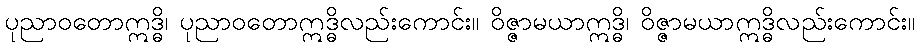
ပုညာဝတောဣဒ္ဓိ၊ ပုညာဝတောဣဒ္ဓိလည်းကောင်း။ ဝိဇ္ဇာမယာဣဒ္ဓိ၊ ဝိဇ္ဇာမယာဣဒ္ဓိလည်းကောင်း။